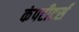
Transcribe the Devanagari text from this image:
कंपटीटर्स